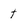
Character: t